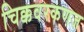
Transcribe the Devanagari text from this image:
चिक्कवरकणज